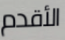
الأقدم